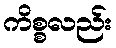
ကိစ္စလည်း